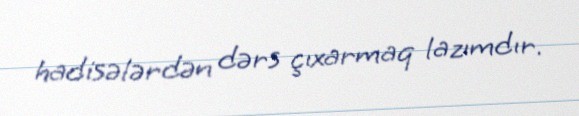
hadisələrdən dərs çıxarmaq lazımdır.